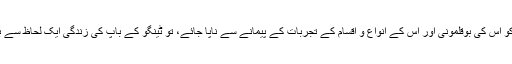
اگر زندگی کو اس کی بوقلمونی اور اس کے انواع و اقسام کے تجربات کے پیمانے سے ناپا جائے، تو ٹینگو کے باپ کی زندگی ایک لحاظ سے بھرپور تھی۔